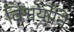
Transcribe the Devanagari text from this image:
विश्वयोनिः